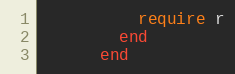
Language: Ruby
          require r
        end
      end